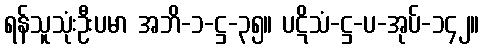
ရန်သူသုံးဦးပမာ အဘိ-၁-ဋ္ဌ-၃၅။ ပဋိသံ-ဋ္ဌ-ပ-အုပ်-၁၄၂။